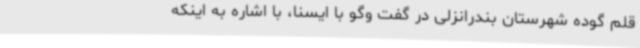
قلم گوده شهرستان بندرانزلی در گفت وگو با ایسنا، با اشاره به اینکه